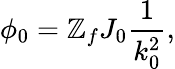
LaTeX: \phi_{0}=\mathbb{Z}_{f}J_{0}\frac{{1}}{{k_{0}^{2}}},